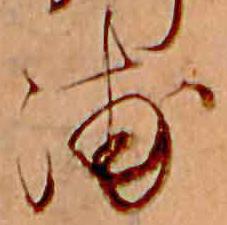
浦